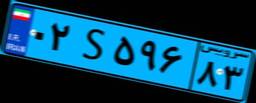
۳۴S۹۰۳۶۵